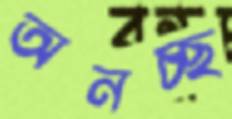
অনচ্ছ